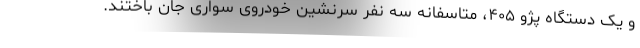
و یک دستگاه پژو ۴۰۵، متاسفانه سه نفر سرنشین خودروی سواری جان باختند.